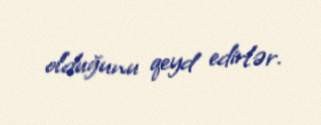
olduğunu qeyd edirlər.